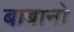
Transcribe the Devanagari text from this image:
बाबानो